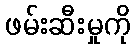
ဖမ်းဆီးမှုကို